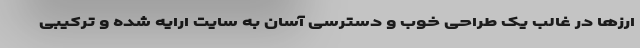
ارزها در غالب یک طراحی خوب و دسترسی آسان به سایت ارایه شده و ترکیبی